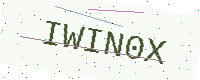
Text: IWIN0X